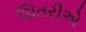
ઊતરીએ